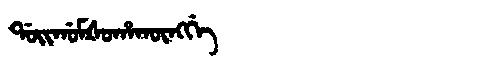
Manchu: ᡩᠣᡳᡤᠣᠮᡧᠣᡥᠠᡴᡡᠩᡤᡝ
Romanization: DOIGOMŠOHAKŪNGGE